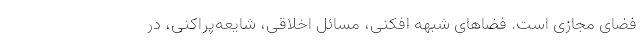
فضای مجازی است. فضاهای شبهه افکنی، مسائل اخلاقی، شایعه‌پراکنی، در